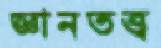
জ্ঞানতত্ত্ব